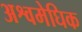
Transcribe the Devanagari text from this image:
अश्वमेघिक